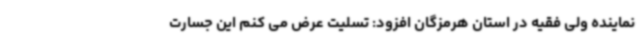
نماینده ولی فقیه در استان هرمزگان افزود: تسلیت عرض می کنم این جسارت